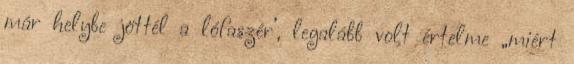
már helybe jöttél a lófaszér’, legalább volt értelme „miért